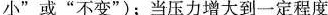
小”或”不变”)；当压力增大到一定程度